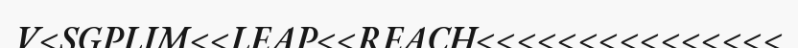
V<SGPLIM<<LEAP<<REACH<<<<<<<<<<<<<<<